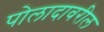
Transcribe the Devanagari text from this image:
पोलादावरील